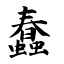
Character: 蠢